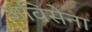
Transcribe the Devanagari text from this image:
अविसेना